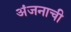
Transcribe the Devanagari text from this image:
अंजनाची